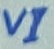
Text: VI